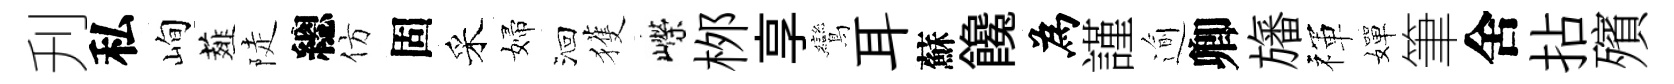
刋私峋薤陡總仿固采婦洄獲嶸桞享鸞耳蘇饞為謹逾卿旛禈嬋筆舍拈殯